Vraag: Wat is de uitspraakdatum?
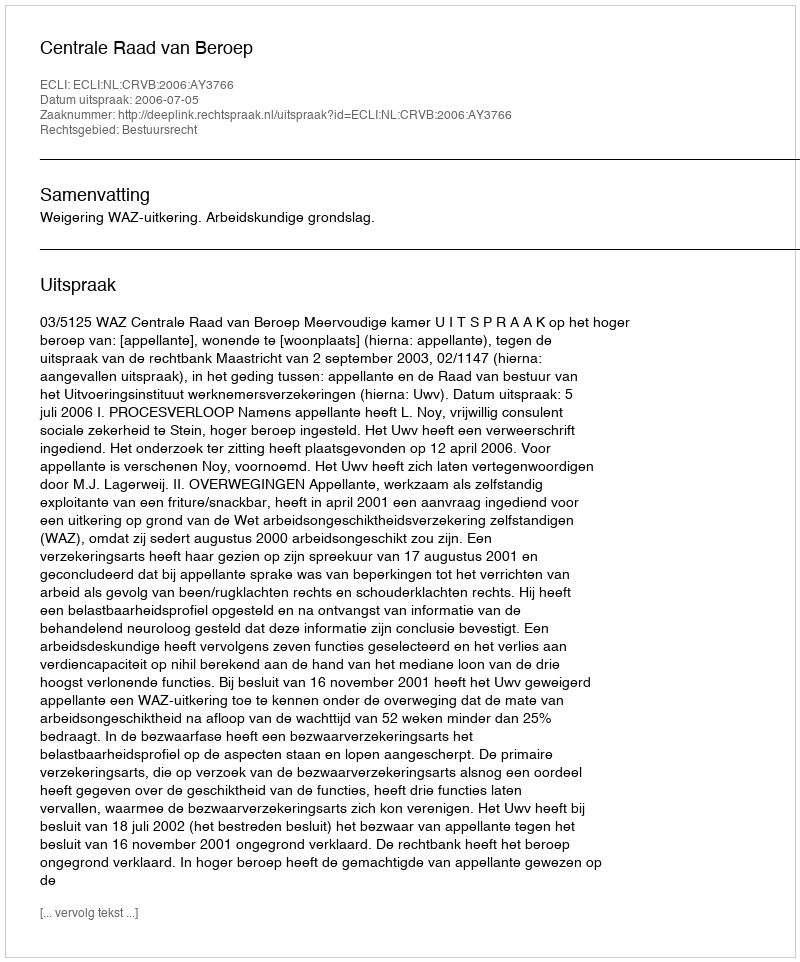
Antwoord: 2006-07-05